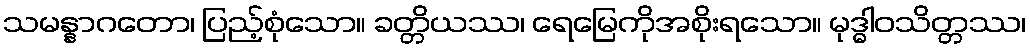
သမန္နာဂတော၊ ပြည့်စုံသော။ ခတ္တိယဿ၊ ရေမြေကိုအစိုးရသော။ မုဒ္ဓါဝသိတ္တဿ၊